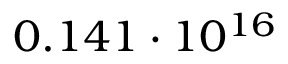
0 . 1 4 1 \cdot 1 0 ^ { 1 6 }